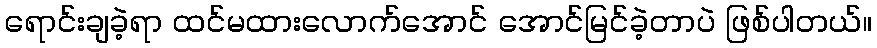
ရောင်းချခဲ့ရာ ထင်မထားလောက်အောင် အောင်မြင်ခဲ့တာပဲ ဖြစ်ပါတယ်။